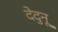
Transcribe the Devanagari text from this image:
देदुनू